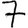
Digit: 7